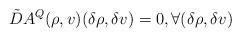
LaTeX: \begin{align*}\tilde D A^Q (\rho, v) (\delta\rho, \delta v) = 0 ,\forall (\delta \rho, \delta v)\end{align*}